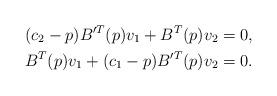
LaTeX: \begin{align*}(c_{2}-p)B'^{T}(p)v_{1}+B^{T}(p)v_{2} & =0,\\B^{T}(p)v_{1}+(c_{1}-p)B'^{T}(p)v_{2} & =0.\end{align*}